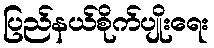
ပြည်နယ်စိုက်ပျိုးရေး